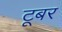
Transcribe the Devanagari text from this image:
टूबर